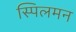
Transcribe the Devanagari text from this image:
स्पिलमन